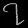
Digit: ၇